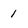
Character: 1